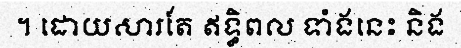
។ ដោយសារតែ ឥទ្ធិពល ទាំងនេះ និង